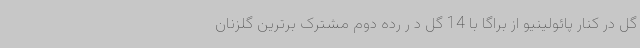
گل در کنار پائولینیو از براگا با 14 گل د ر رده دوم مشترک برترین گلزنان